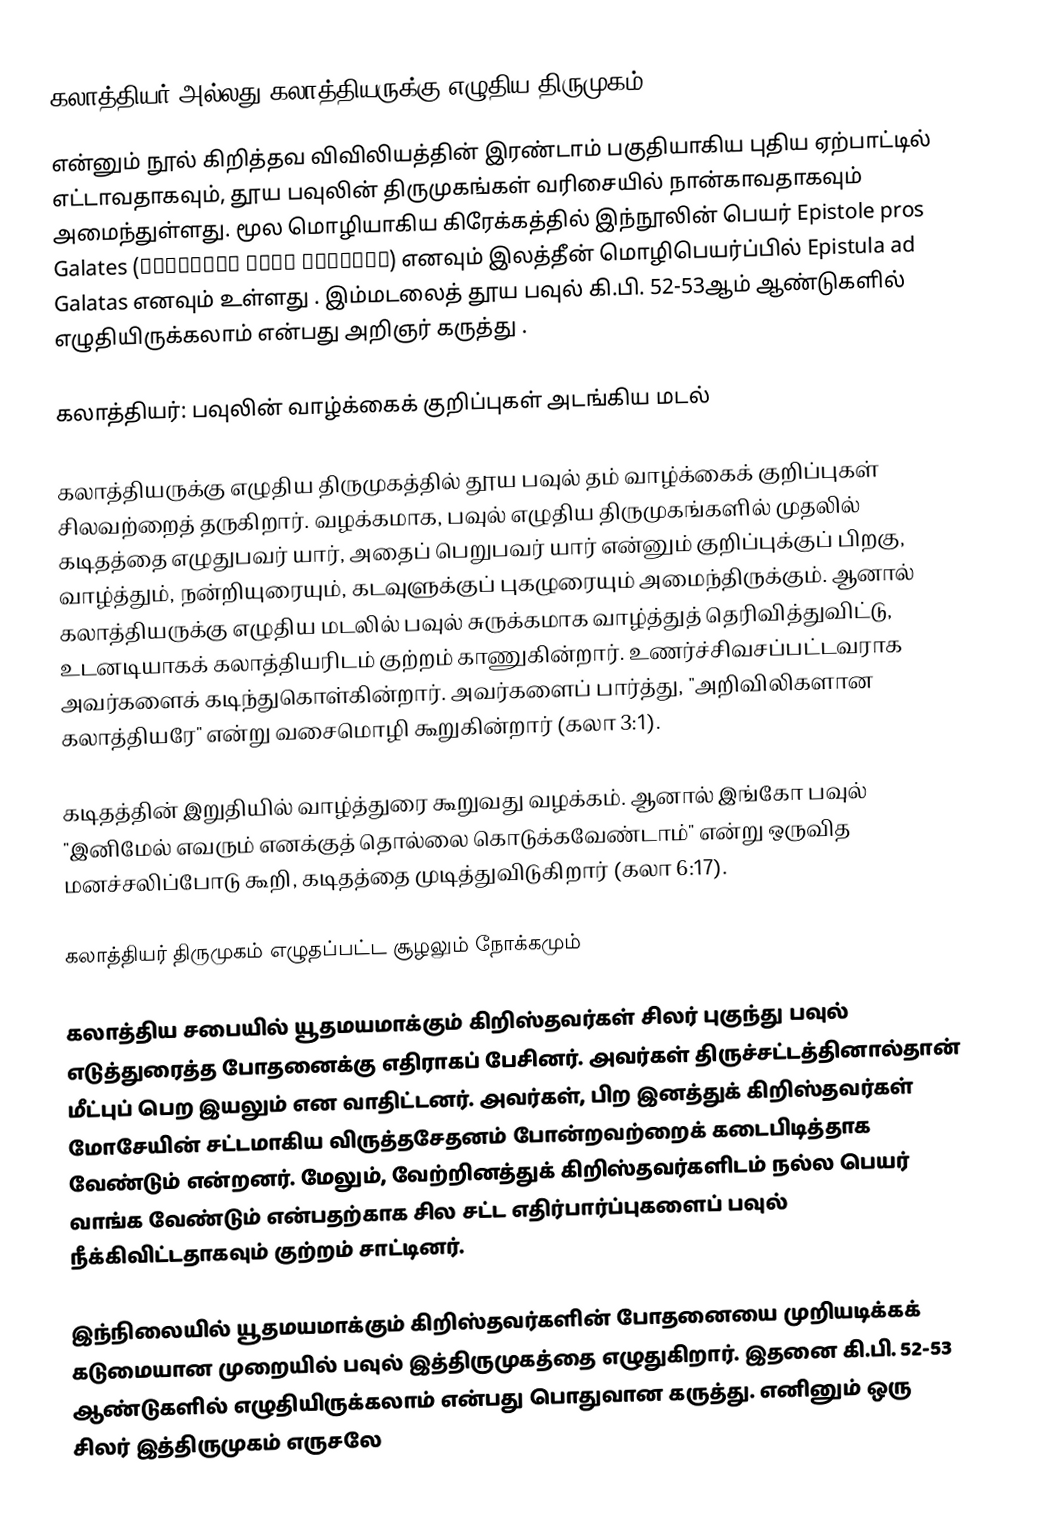
கலாத்தியர் அல்லது கலாத்தியருக்கு எழுதிய திருமுகம் (Letter [Epistle] to the Galatians)
என்னும் நூல் கிறித்தவ விவிலியத்தின் இரண்டாம் பகுதியாகிய புதிய ஏற்பாட்டில் எட்டாவதாகவும், தூய பவுலின் திருமுகங்கள் வரிசையில் நான்காவதாகவும் அமைந்துள்ளது. மூல மொழியாகிய கிரேக்கத்தில் இந்நூலின் பெயர்  Epistole pros Galates (Επιστολή προς Γαλάτες) எனவும் இலத்தீன் மொழிபெயர்ப்பில்  Epistula ad Galatas  எனவும் உள்ளது .  இம்மடலைத் தூய பவுல்  கி.பி. 52-53ஆம் ஆண்டுகளில் எழுதியிருக்கலாம் என்பது அறிஞர் கருத்து  .

கலாத்தியர்: பவுலின் வாழ்க்கைக் குறிப்புகள் அடங்கிய மடல்

கலாத்தியருக்கு எழுதிய திருமுகத்தில் தூய பவுல் தம் வாழ்க்கைக் குறிப்புகள் சிலவற்றைத் தருகிறார். வழக்கமாக, பவுல் எழுதிய திருமுகங்களில் முதலில் கடிதத்தை எழுதுபவர் யார், அதைப் பெறுபவர் யார் என்னும் குறிப்புக்குப் பிறகு, வாழ்த்தும், நன்றியுரையும், கடவுளுக்குப் புகழுரையும் அமைந்திருக்கும். ஆனால் கலாத்தியருக்கு எழுதிய மடலில் பவுல்  சுருக்கமாக வாழ்த்துத் தெரிவித்துவிட்டு, உடனடியாகக் கலாத்தியரிடம் குற்றம் காணுகின்றார். உணர்ச்சிவசப்பட்டவராக அவர்களைக் கடிந்துகொள்கின்றார். அவர்களைப் பார்த்து, "அறிவிலிகளான கலாத்தியரே" என்று வசைமொழி கூறுகின்றார் (கலா 3:1).

கடிதத்தின் இறுதியில் வாழ்த்துரை கூறுவது வழக்கம். ஆனால் இங்கோ பவுல் "இனிமேல் எவரும் எனக்குத் தொல்லை கொடுக்கவேண்டாம்" என்று ஒருவித மனச்சலிப்போடு கூறி, கடிதத்தை முடித்துவிடுகிறார் (கலா 6:17).

கலாத்தியர் திருமுகம் எழுதப்பட்ட சூழலும் நோக்கமும்

கலாத்திய சபையில் யூதமயமாக்கும் கிறிஸ்தவர்கள் சிலர் புகுந்து பவுல்  எடுத்துரைத்த போதனைக்கு எதிராகப் பேசினர். அவர்கள் திருச்சட்டத்தினால்தான் மீட்புப் பெற இயலும் என வாதிட்டனர். அவர்கள், பிற இனத்துக் கிறிஸ்தவர்கள் மோசேயின் சட்டமாகிய விருத்தசேதனம் போன்றவற்றைக் கடைபிடித்தாக வேண்டும் என்றனர். மேலும், வேற்றினத்துக் கிறிஸ்தவர்களிடம் நல்ல பெயர் வாங்க வேண்டும் என்பதற்காக சில சட்ட எதிர்பார்ப்புகளைப் பவுல்  நீக்கிவிட்டதாகவும் குற்றம் சாட்டினர்.

இந்நிலையில் யூதமயமாக்கும் கிறிஸ்தவர்களின் போதனையை முறியடிக்கக் கடுமையான முறையில் பவுல் இத்திருமுகத்தை எழுதுகிறார். இதனை கி.பி. 52-53 ஆண்டுகளில் எழுதியிருக்கலாம் என்பது பொதுவான கருத்து. எனினும் ஒரு சிலர் இத்திருமுகம் எருசலே